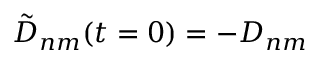
\tilde { D } _ { n m } ( t = 0 ) = - D _ { n m }